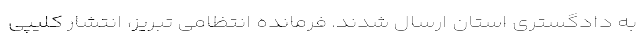
به دادگستری استان ارسال شدند. فرمانده انتظامی تبریز، انتشار کلیپی